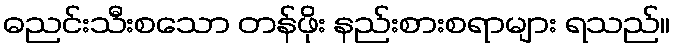
ဓညင်းသီးစသော တန်ဖိုး နည်းစားစရာများ ရသည်။